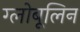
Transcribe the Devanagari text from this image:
ग्लोबूलिन